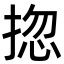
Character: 㧾